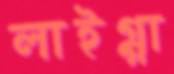
লাইগ্গা